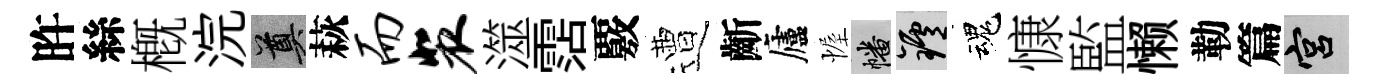
旿絲槪浣奠萩而裴澨霑覈遭齗廬幄幡爐魂慷監懒勒篇宫